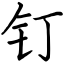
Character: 钉